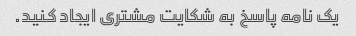
یک نامه پاسخ به شکایت مشتری ایجاد کنید.